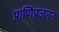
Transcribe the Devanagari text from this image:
प्राणिप्रजनन